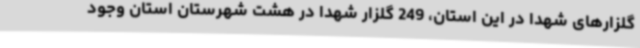
گلزارهای شهدا در این استان، 249 گلزار شهدا در هشت شهرستان استان وجود